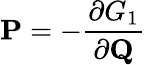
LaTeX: \mathbf{P}=-{\frac{\partial G_{1}}{\partial\mathbf{Q}}}